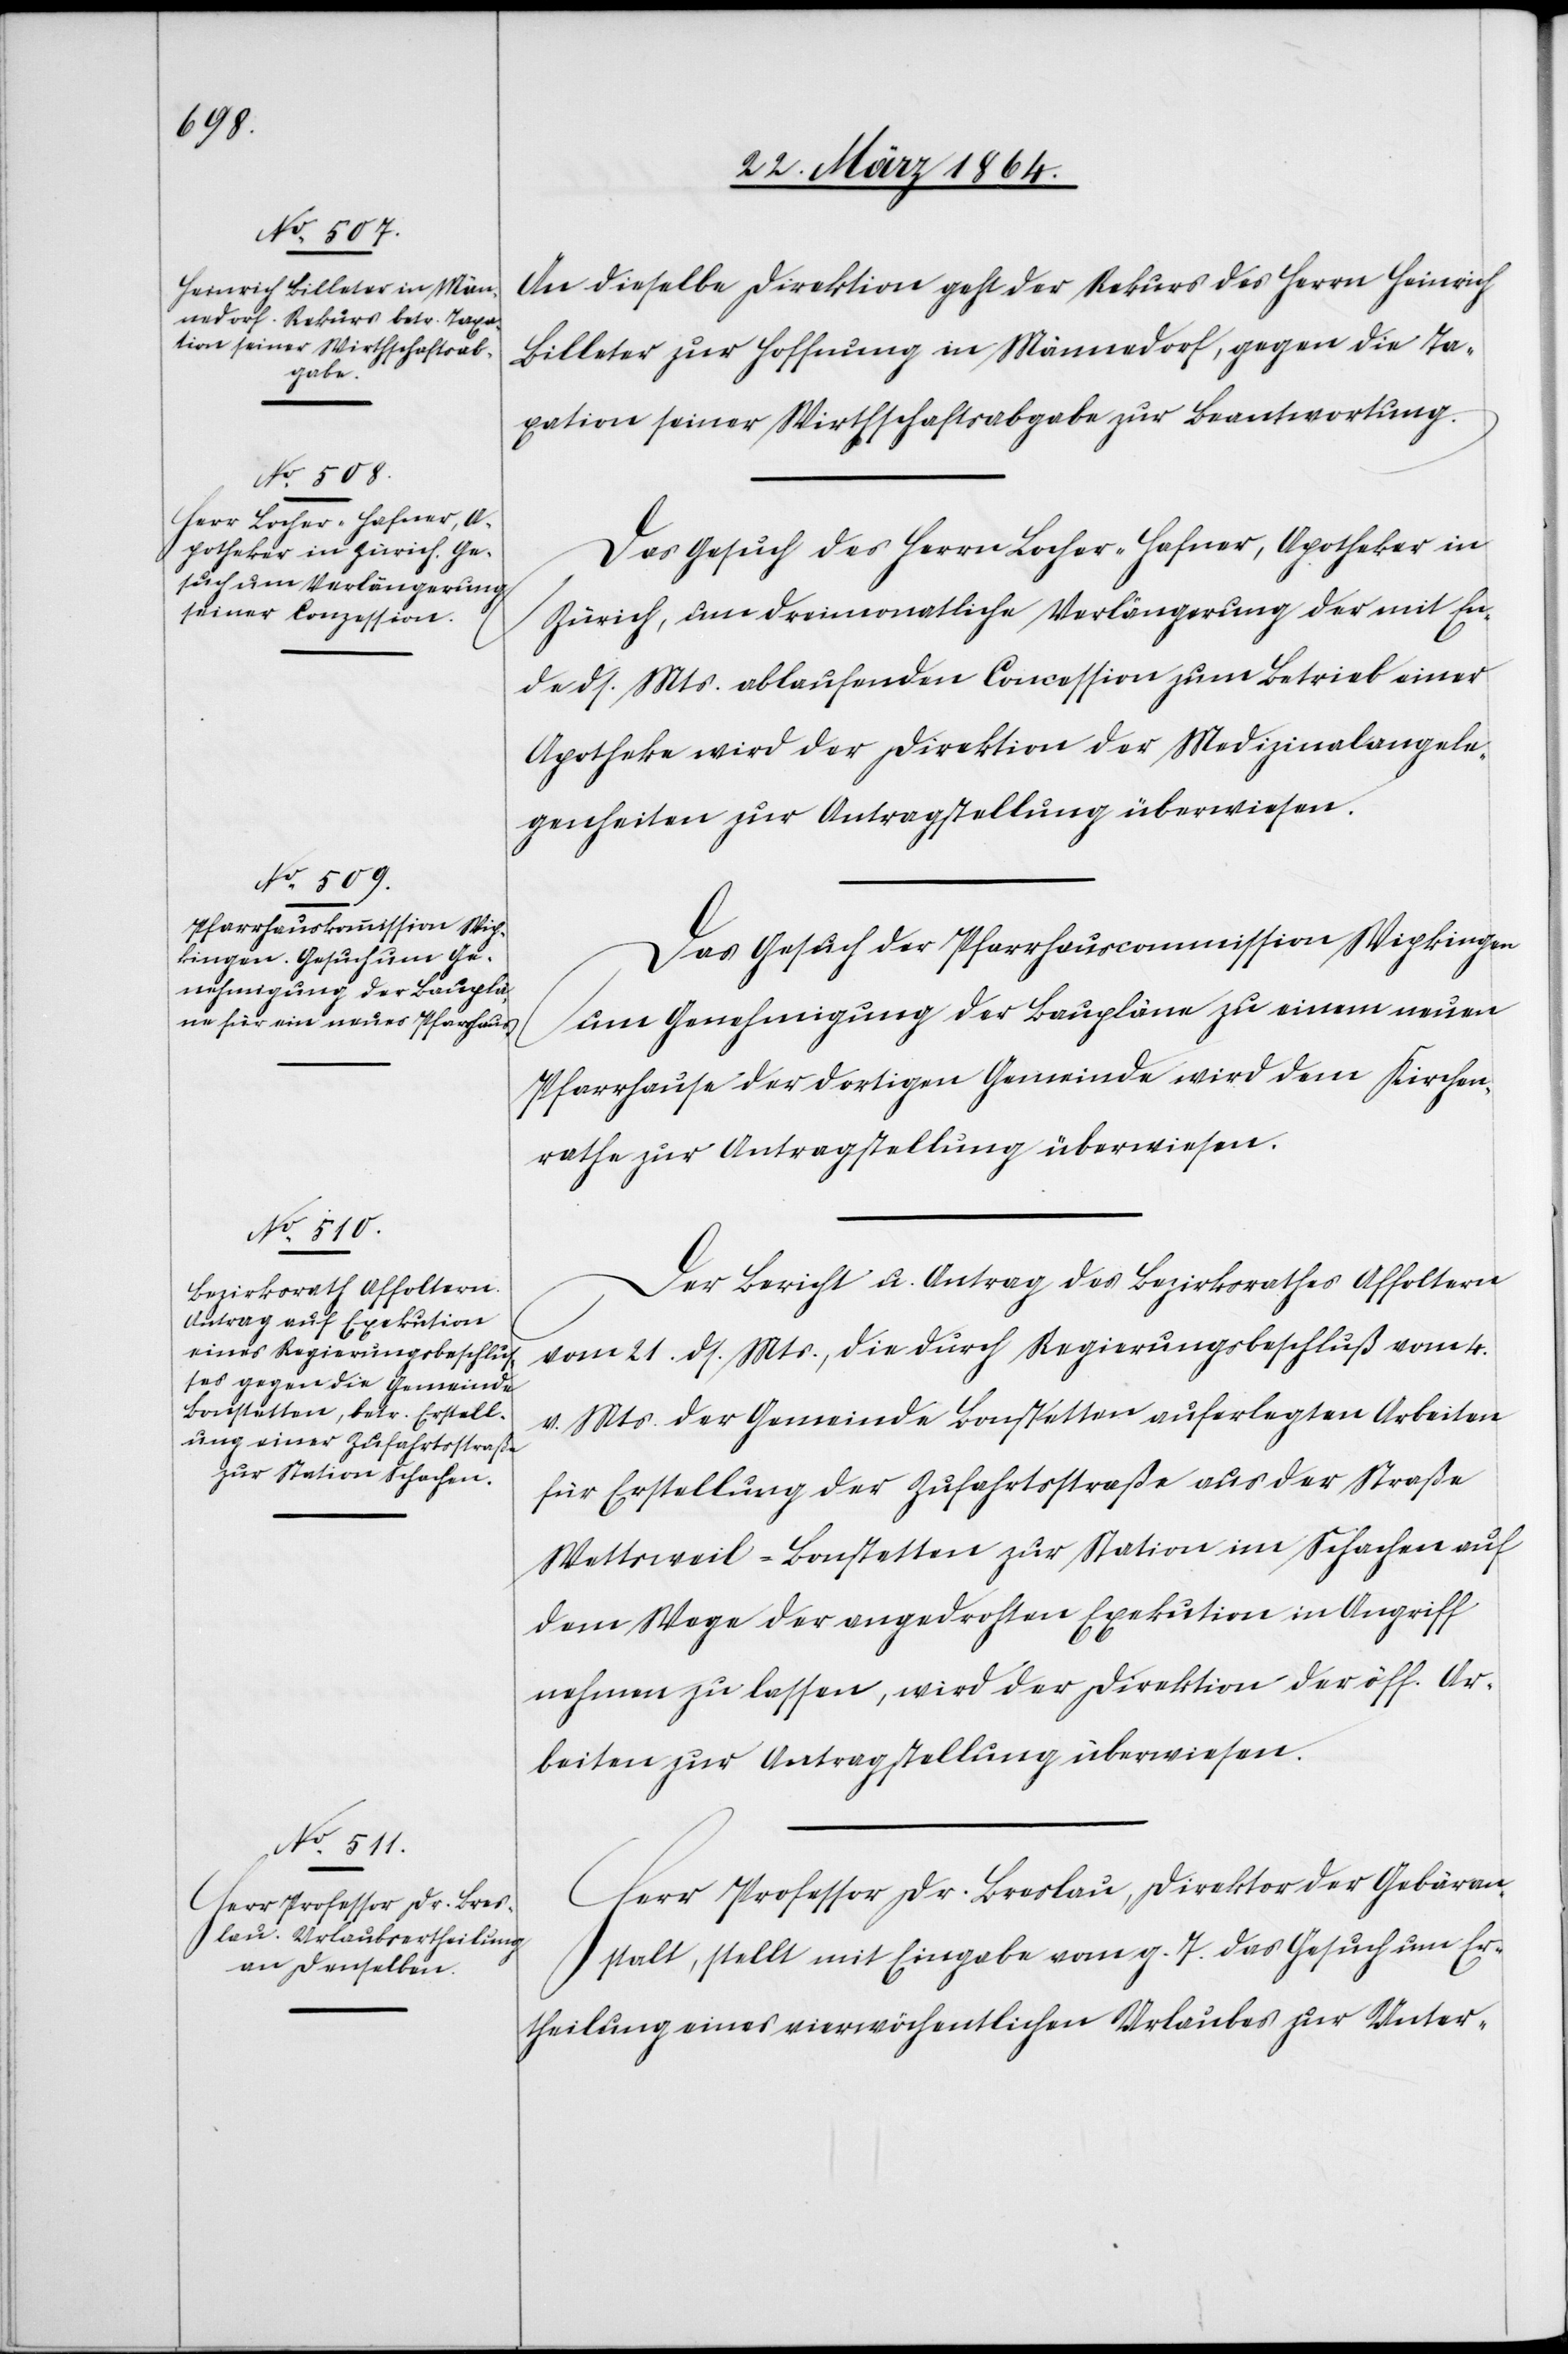
23. März 1864.]
An dieselbe Direktion geht der Rekurs des Herrn Heinrich
Billeter zur Hoffnung in Männedorf, gegen die Ta¬
xation seiner Wirthschaftsabgabe zur Beantwortung.
Das Gesuch des Herrn Locher-Hafner, Apotheker in
Zürich, um dreimonatliche Verlängerung der mit En¬
de ds. Mts. ablaufenden Concession zum Betrieb einer
Apotheke wird der Direktion der Medizinalangele¬
genheiten zur Antragstellung überwiesen.
Das Gesuch der Pfarrhauscommission Wipkingen
um Genehmigung der Baupläne zu einem neuen
Pfarrhause der dortigen Gemeinde wird dem Kirchen¬
rathe zur Antragstellung überwiesen.
Der Bericht u. Antrag des Bezirksrathes Affoltern
vom 21. ds. Mts., die durch Regierungsbeschluß vom 4.
v. Mts. der Gemeinde Bonstetten auferlegten Arbeiten
für Erstellung der Zufahrtsstraße aus der Straße
Wettsweil-Bonstetten zur Station im Schachen auf
dem Wege der angedrohten Exekution in Angriff
nehmen zu lassen, wird der Direktion der öff. Ar¬
beiten zur Antragstellung überwiesen.
Herr Professor Dr. Breslau, Direktor der Gebäran¬
stalt, stellt mit Eingabe vom g. T. das Gesuch um Er¬
theilung eines vierwöchentlichen Urlaubes zur Unter-